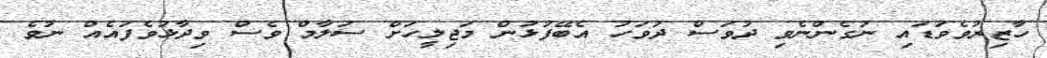
ހާޒިރުވެވަޑައި ނުގެންނެވި ދުވަސް ދުވަހު އެބޭފުޅުން މަޖިލީހަށް ސަލާމް ވެސް ވިދާޅުވެފައެއް ނުވެ